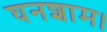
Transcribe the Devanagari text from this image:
घनशाम।